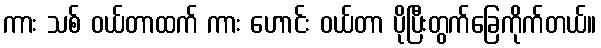
ကား သစ် ဝယ်တာထက် ကား ဟောင်း ဝယ်တာ ပိုပြီးတွက်ခြေကိုက်တယ်။